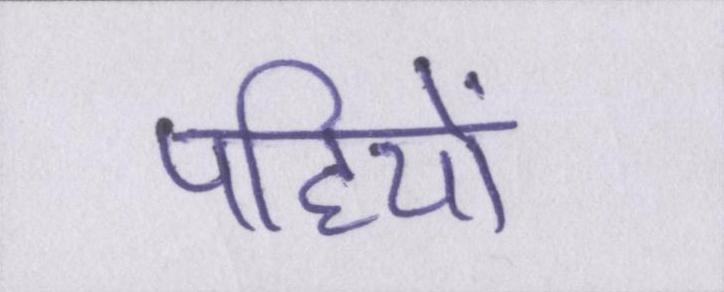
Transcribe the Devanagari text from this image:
पहियों